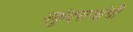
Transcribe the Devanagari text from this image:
मकुंदराजांची